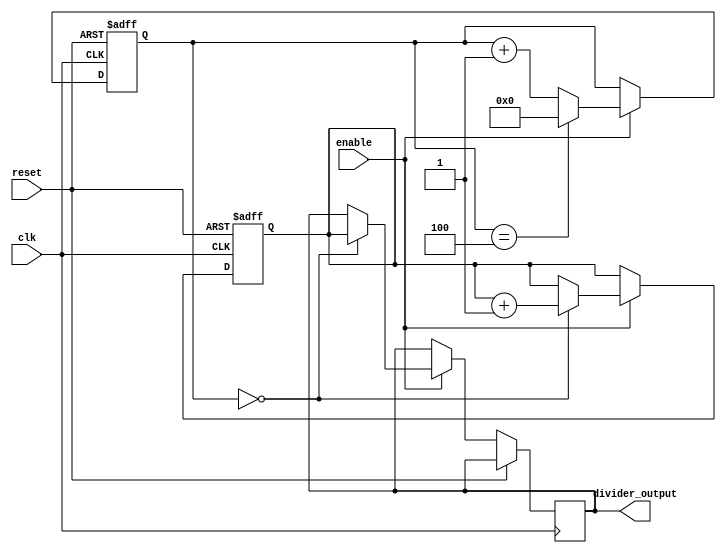
module gray_counter_clock_divider (
    input wire clk,
    input wire reset,
    input wire enable,
    output reg [N-1:0] divider_output
);

parameter N = 4; // Number of phases

reg [N-1:0] gray_counter = 0;
reg [N-1:0] divider_value = 0;

always @ (posedge clk or posedge reset) begin
    if (reset) begin
        gray_counter <= 0;
        divider_value <= 0;
    end else if (enable) begin
        if (gray_counter == 0) begin
            divider_output <= divider_value;
            divider_value <= divider_value + 1;
        end
        
        gray_counter <= gray_counter + 1;
        if (gray_counter == N) begin
            gray_counter <= 0;
        end
    end
end

endmodule